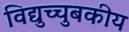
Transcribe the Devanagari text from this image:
विद्युच्चुबकीय